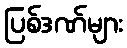
ပြစ်ဒဏ်များ